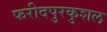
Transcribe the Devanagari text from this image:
फरीदपुरकुशल